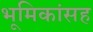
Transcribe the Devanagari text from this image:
भूमिकांसह